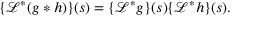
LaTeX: \{ { \mathcal { L } } ^ { * } ( g * h ) \} ( s ) = \{ { \mathcal { L } } ^ { * } g \} ( s ) \{ { \mathcal { L } } ^ { * } h \} ( s ) .